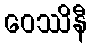
ဝေဿိနီ